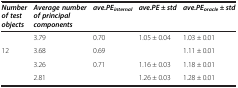
<table><thead><tr><td><b><i>Number of test objects</i></b></td><td><b><i>Average number of principal components</i></b></td><td><b><i>ave.PE</i><sub><i>internal</i></sub></b></td><td><b><i>ave.PE</i> ± <i>std</i></b></td><td><b><i>ave.PE</i><sub><i>oracle</i></sub> ± <i>std</i></b></td></tr></thead><tbody><tr><td>[EMPTY_CELL]</td><td>3.79</td><td>0.70</td><td>1.05 ± 0.04</td><td>1.03 ± 0.01</td></tr><tr><td>12</td><td>3.68</td><td>0.69</td><td>[EMPTY_CELL]</td><td>1.11 ± 0.01</td></tr><tr><td>[EMPTY_CELL]</td><td>3.26</td><td>0.71</td><td>1.16 ± 0.03</td><td>1.18 ± 0.01</td></tr><tr><td>[EMPTY_CELL]</td><td>2.81</td><td>[EMPTY_CELL]</td><td>1.26 ± 0.03</td><td>1.28 ± 0.01</td></tr></tbody></table>